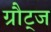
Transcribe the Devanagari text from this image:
ग्रौट्ज